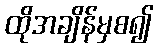
ထိုအချိန်မှစ၍